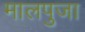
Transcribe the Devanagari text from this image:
मालपुजा